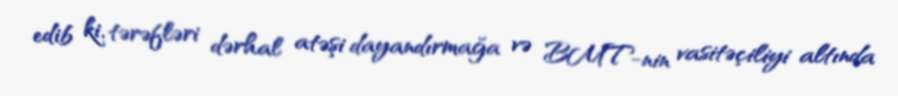
edib ki, tərəfləri dərhal atəşi dayandırmağa və BMT-nin vasitəçiliyi altında